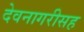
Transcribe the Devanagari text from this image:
देवनागरीसह